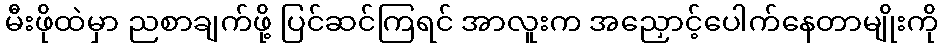
မီးဖိုထဲမှာ ညစာချက်ဖို့ ပြင်ဆင်ကြရင် အာလူးက အညှောင့်ပေါက်နေတာမျိုးကို